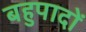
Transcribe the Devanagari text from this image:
बहुपादों